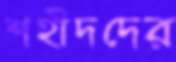
শহীদদের